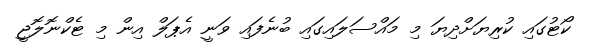
ކޯޓުގައި ކުރިޔަށްދިޔަ މި މައްސަލައިގައި ބުނެފައި ވަނީ އެޕަލް އިން މި ޓެކްނޮލޮޖީ